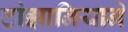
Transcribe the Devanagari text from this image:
टांझानियाने